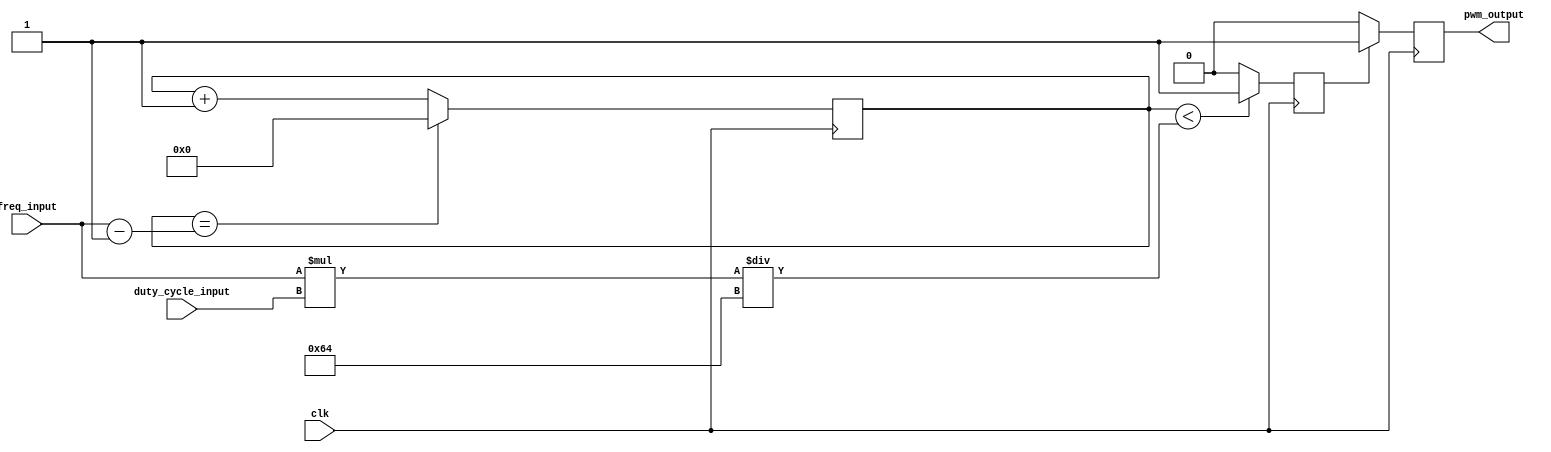
module pwm_generator (
    input clk,
    input [31:0] freq_input,
    input [7:0] duty_cycle_input,
    output reg pwm_output
);

reg [31:0] count;
reg pwm_state;

always @(posedge clk) begin
    if (count == freq_input - 1)
        count <= 0;
    else
        count <= count + 1;

    if (count < (freq_input * duty_cycle_input / 100))
        pwm_state <= 1'b1;
    else
        pwm_state <= 1'b0;
end

always @(posedge clk) begin
    if (pwm_state)
        pwm_output <= 1'b1;
    else
        pwm_output <= 1'b0;
end

endmodule